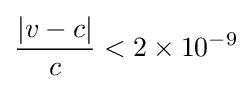
{\frac {|v-c|}{c}}<2\times 10^{-9}